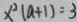
x ^ { 2 } ( a + 1 ) = 3